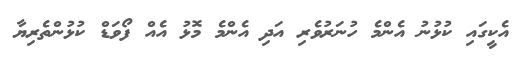
އެކީގައި ކުޅުނު އެންމެ ހުނަރުވެރި އަދި އެންމެ މޮޅު އެއް ފޯވަޑް ކުޅުންތެރިޔާ